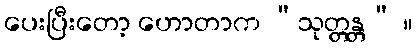
ပေးပြီးတော့ ဟောတာက “သုတ္တန္တ” ။